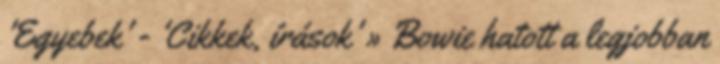
'Egyebek' - 'Cikkek, írások' » Bowie hatott a legjobban